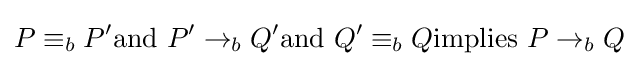
P\equiv _{b}P'{\mbox{and }}P'\rightarrow _{b}Q'{\mbox{and }}Q'\equiv _{b}Q{\mbox{implies }}P\rightarrow _{b}Q